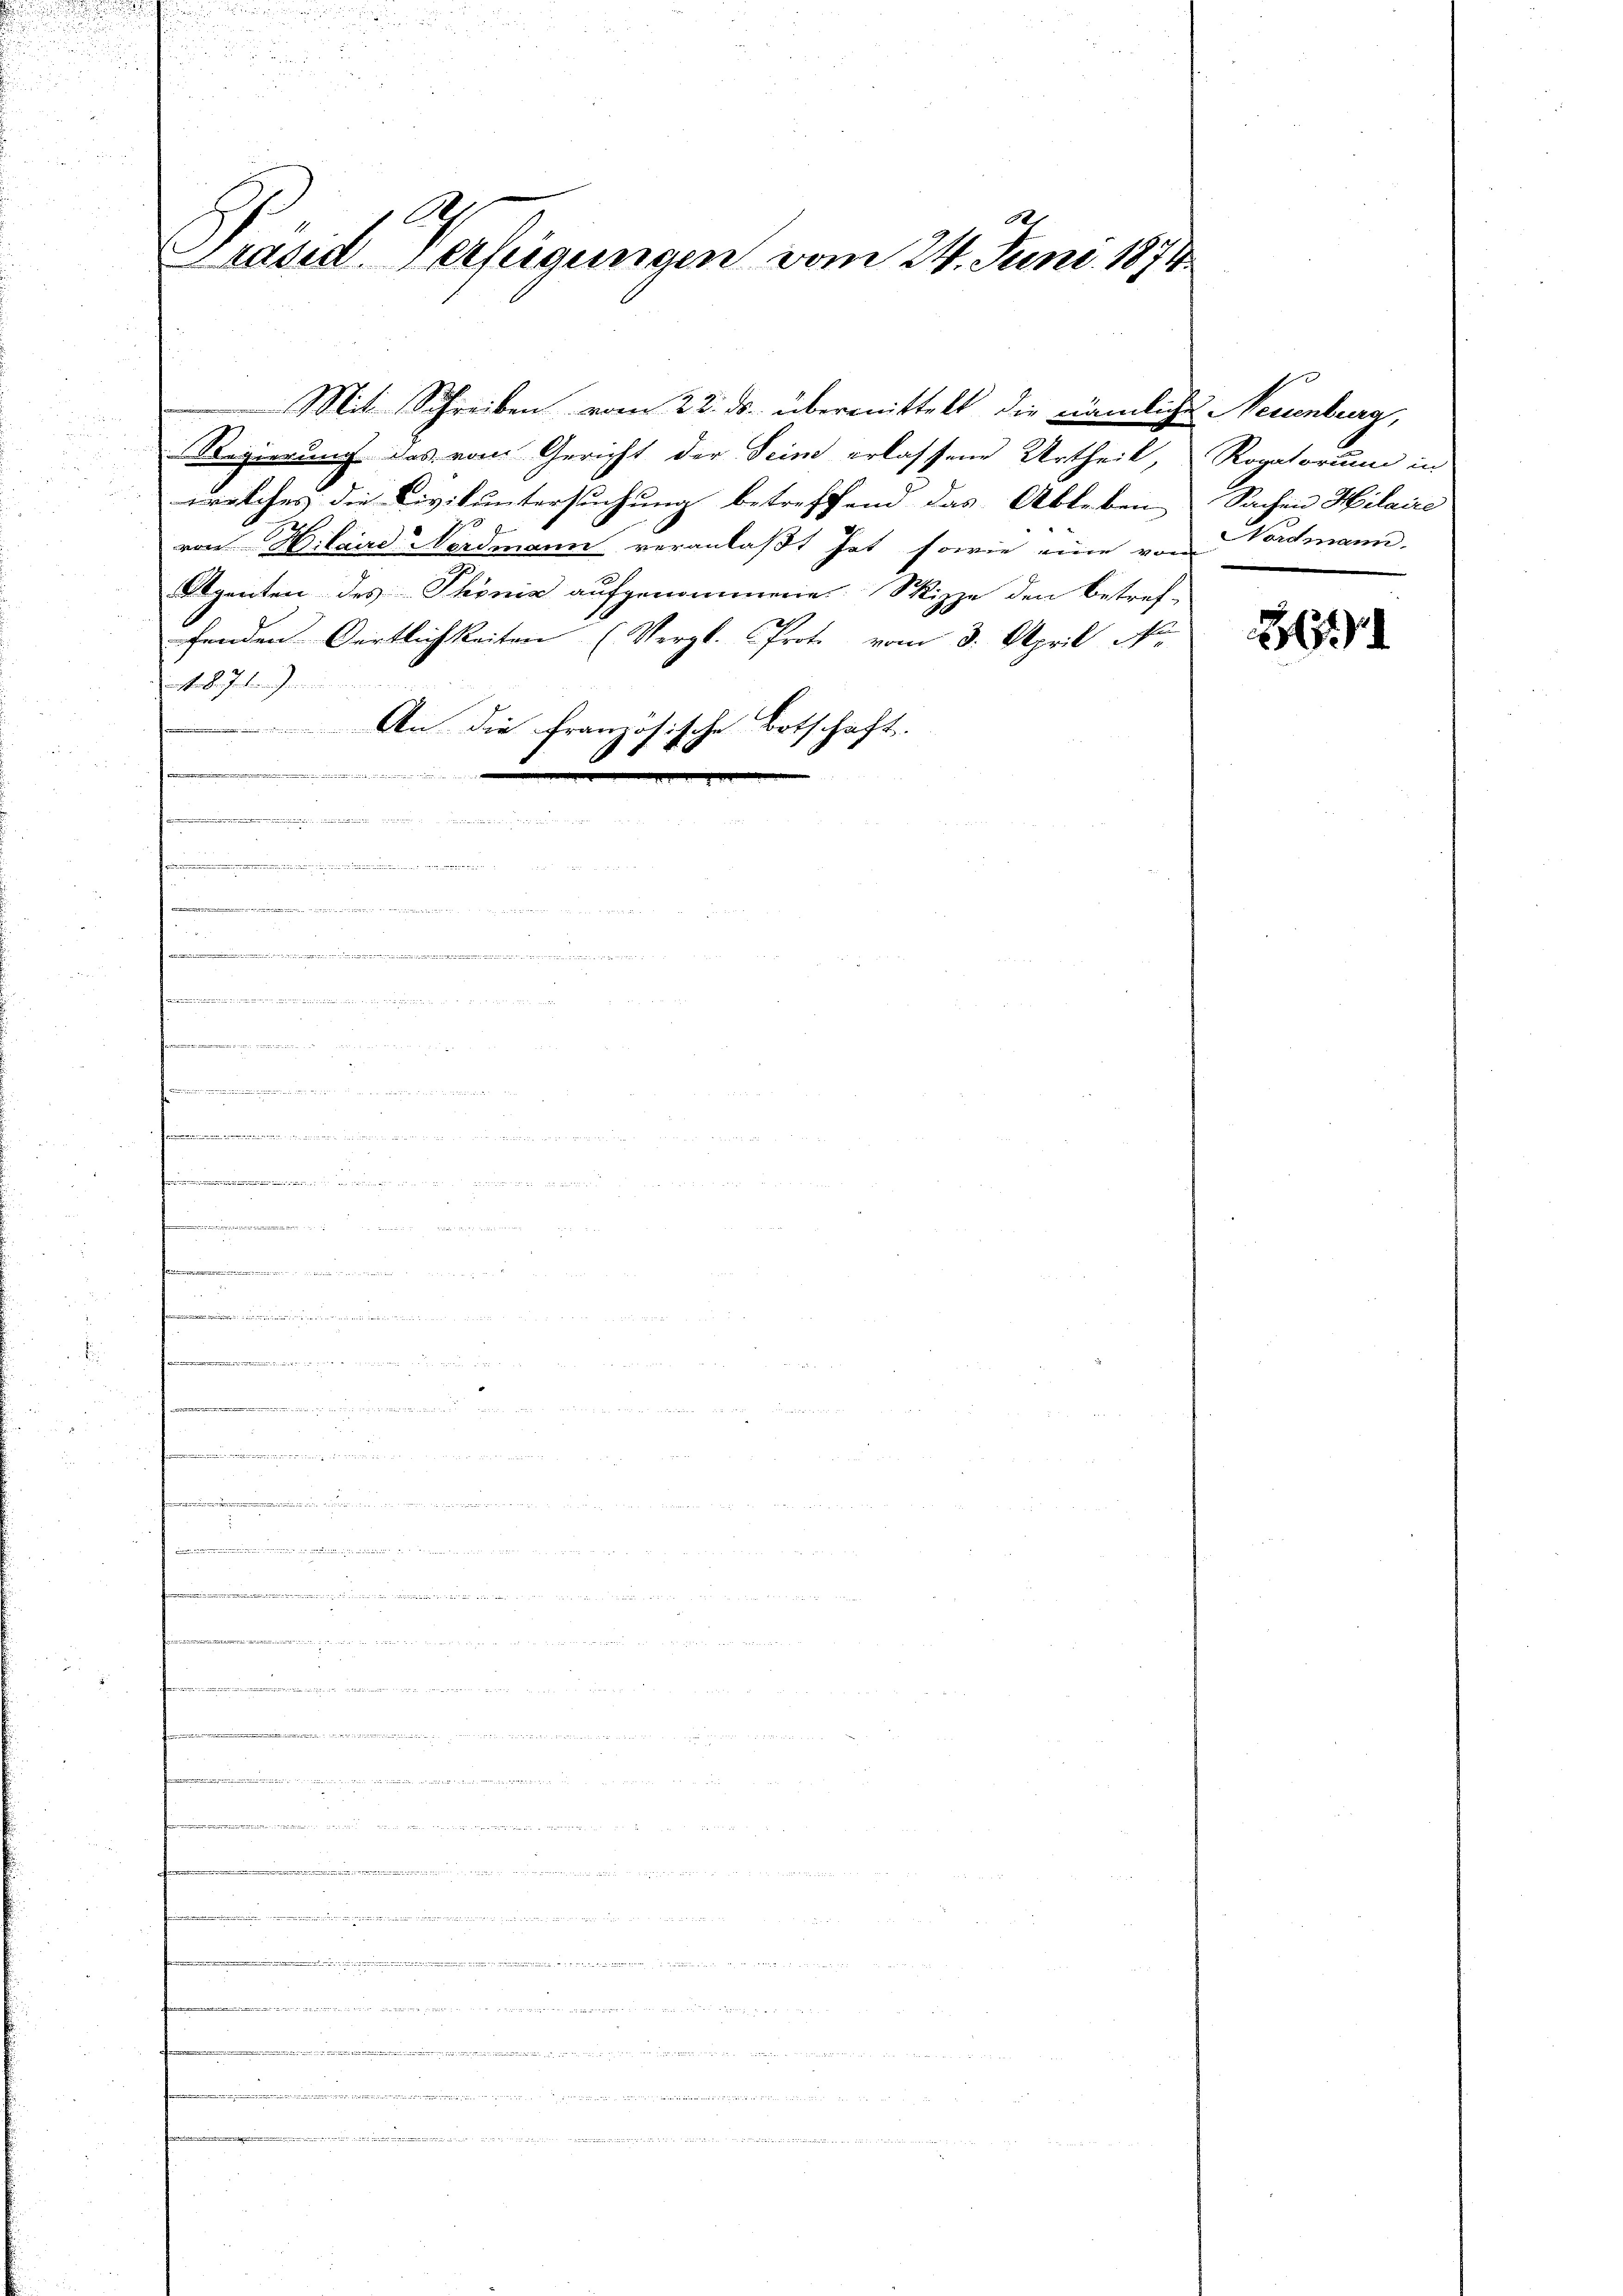
A
2
Präsiderfeigungen vom 24. Juni 1874.

Mit Schreiben vom 22. ds. übermittelt die nämliche Neuenburg,
Regierung das vom Gericht der Sein erlassene Urtheil,
welches die Civikuntersuchung betreffend das Ableben

von Hilaire Nordmann veranlaßt hat, sowie eine von Vordmann.
Agenten des Phönia aufgenommene Skizze den betref-
fenden Oertlichkeiten (Vergl. Prot. vom 3. April No.
nthal Intern gemein meinen
An die französische Botschaft. |
1 f 40

ienen

u

d
.

.

i
u
de

n

e
            A.

.
.
.
e

n

Rogatorium in
Sachen Hilaire

2